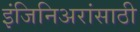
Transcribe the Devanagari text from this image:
इंजिनिअरांसाठी